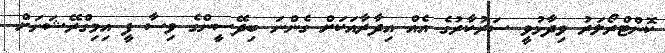
ކޮންޓްރޯލަރު ވިދާޅުވީ ސަރުކާރުގެ އެއް އިދާރާއަކަށް ގެންނަ ބިދޭސީންގެ ވިސާ ފީ އިމިގްރޭޝަނަށް